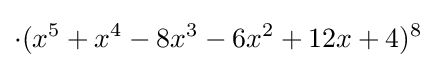
\cdot (x^{5}+x^{4}-8x^{3}-6x^{2}+12x+4)^{8}